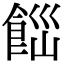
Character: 𩛋